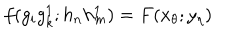
f ( g _ { i } g _ { k } ^ { 1 } ; h _ { n } h _ { m } ^ { 1 } ) = F ( x _ { \theta } ; y _ { \eta } )